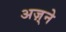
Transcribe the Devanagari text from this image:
अज़्ने